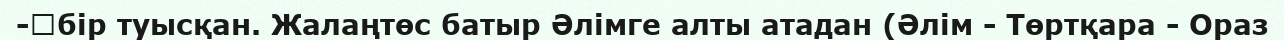
-	бір туысқан. Жалаңтөс батыр Әлімге алты атадан (Әлім - Төртқара - Ораз